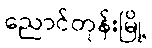
ညောင်တုန်းမြို့